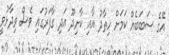
އޭގެ ސަބަބެއް ކަމަށް ހިތާދު އާއި ކާށިދޫ އަދި ގާފަރުގައި ވެސް ވިދާޅުވީ